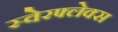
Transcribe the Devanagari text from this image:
स्वेरफ्लेक्स